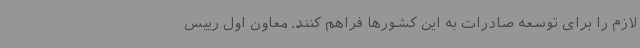
لازم را برای توسعه صادرات به این کشورها فراهم کنند. معاون اول رییس